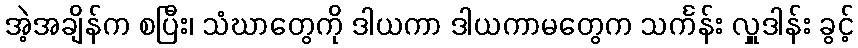
အဲ့အချိန်က စပြီး၊ သံဃာတွေကို ဒါယကာ ဒါယကာမတွေက သင်္ကန်း လှူဒါန်း ခွင့်